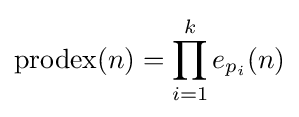
\operatorname {prodex} (n)=\prod _{i=1}^{k}e_{p_{i}}(n)